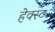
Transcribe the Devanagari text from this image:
हेक्स्ट